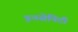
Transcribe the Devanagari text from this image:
इनसेनिटी